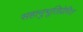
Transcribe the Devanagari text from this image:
सहानुभूतिप्रेरित